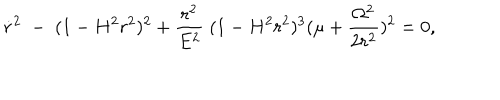
LaTeX: \dot { r } ^ { 2 } \; - \; ( 1 - H ^ { 2 } r ^ { 2 } ) ^ { 2 } + \frac { r ^ { 2 } } { E ^ { 2 } } \; ( 1 - H ^ { 2 } r ^ { 2 } ) ^ { 3 } ( \mu + \frac { \Omega ^ { 2 } } { 2 r ^ { 2 } } ) ^ { 2 } = 0 ,